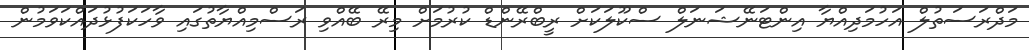
މަދްރަސަތުލް އަހުމަދިއްޔާ އިންޓަނޭޝަނަލް ސްކޫލަކަށް ރީބްރޭންޑް ކުރުމަށް މިރޭ ބޭއްވި ރަސްމިއްޔާތުގައި ވާހަކަފުޅުދައްކަވަމުން